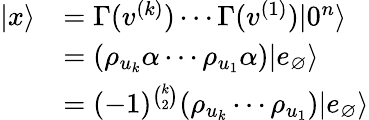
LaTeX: \begin{array}{rl}{|x\rangle}&{=\Gamma(v^{(k)})\cdots\Gamma(v^{(1)})|0^{n}\rangle}\\ &{=(\rho_{u_{k}}\alpha\cdots\rho_{u_{1}}\alpha)|e_{\varnothing}\rangle}\\ &{=(-1)^{\binom{k}{2}}(\rho_{u_{k}}\cdots\rho_{u_{1}})|e_{\varnothing}\rangle}\end{array}